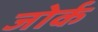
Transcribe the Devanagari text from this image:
जोर्क